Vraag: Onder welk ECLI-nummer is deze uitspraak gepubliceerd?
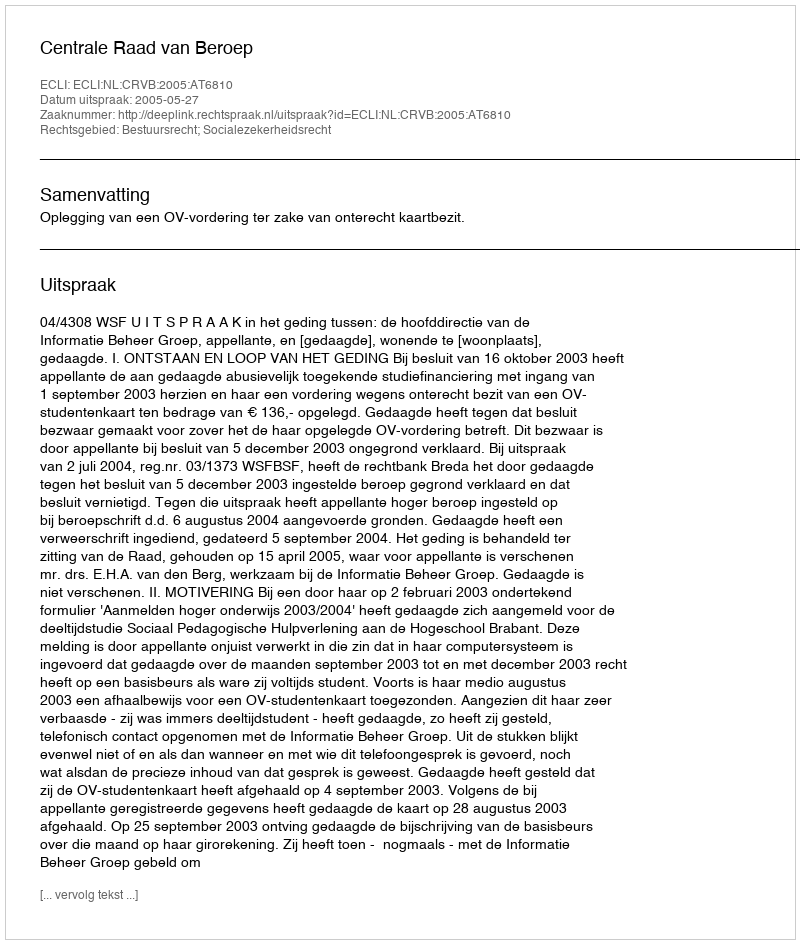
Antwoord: ECLI:NL:CRVB:2005:AT6810